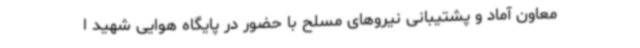
معاون آماد و پشتیبانی نیروهای مسلح با حضور در پایگاه هوایی شهید ا